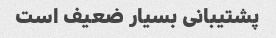
پشتیبانی بسیار ضعیف است